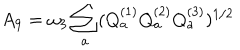
A _ { 9 } = \omega _ { 3 } \sum _ { a } ( Q _ { a } ^ { ( 1 ) } Q _ { a } ^ { ( 2 ) } Q _ { a } ^ { ( 3 ) } ) ^ { 1 / 2 }